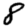
Digit: 8